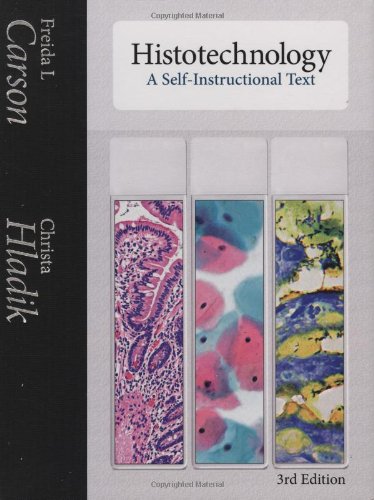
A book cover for Histotechnology: A Self-Instructional Text; Freida L Carson; Medical Books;